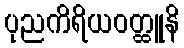
ပုညကိရိယဝတ္ထူနိ